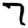
Digit: 7